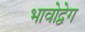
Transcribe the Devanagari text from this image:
भावोद्वेग